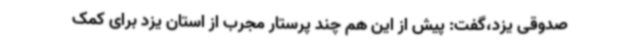
صدوقی یزد،گفت: پیش از این هم چند پرستار مجرب از استان یزد برای کمک